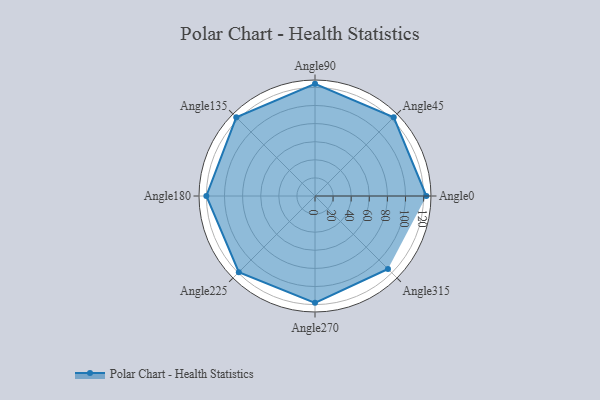
{"axis": {"x": "Angle", "y": "Radius"}, "legend": [""], "data": [{"x": "Angle0", "y": 123.0, "type": ""}, {"x": "Angle45", "y": 123.0, "type": ""}, {"x": "Angle90", "y": 124.0, "type": ""}, {"x": "Angle135", "y": 123.0, "type": ""}, {"x": "Angle180", "y": 120.0, "type": ""}, {"x": "Angle225", "y": 119.0, "type": ""}, {"x": "Angle270", "y": 118.0, "type": ""}, {"x": "Angle315", "y": 114.0, "type": ""}]}